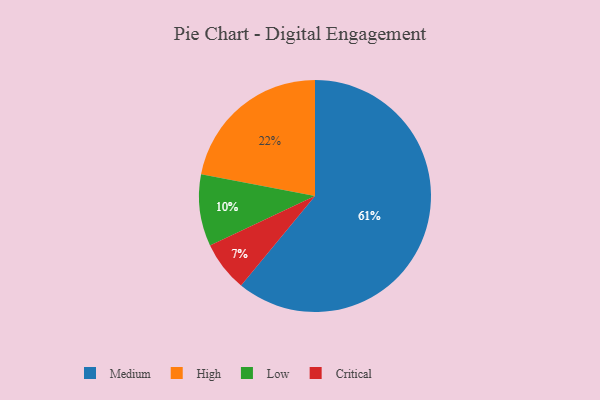
{"axis": {"x": "Category", "y": "Percentage"}, "legend": ["Critical", "High", "Low", "Medium"], "data": [{"x": "High", "y": 22, "type": "High"}, {"x": "Critical", "y": 7, "type": "Critical"}, {"x": "Medium", "y": 61, "type": "Medium"}, {"x": "Low", "y": 10, "type": "Low"}]}